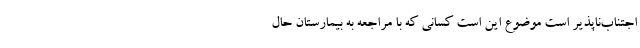
اجتناب‌ناپذیر است موضوع این است کسانی که با مراجعه به بیمارستان حال